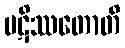
ပဋိဿတောတိ